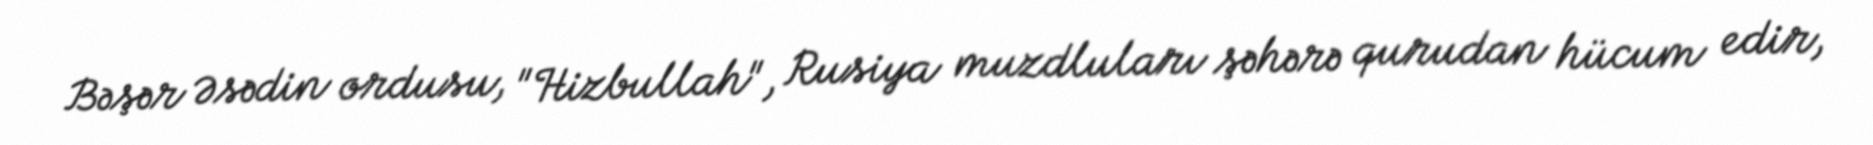
Bəşər Əsədin ordusu, "Hizbullah", Rusiya muzdluları şəhərə qurudan hücum edir,